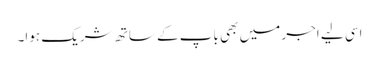
اسی لیے اجر میں بھی باپ کے ساتھ شریک ہوا۔